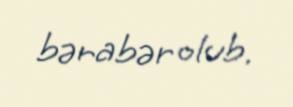
bərabər olub.